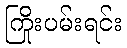
ကြိုးပမ်းရင်း